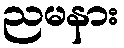
ညမနား